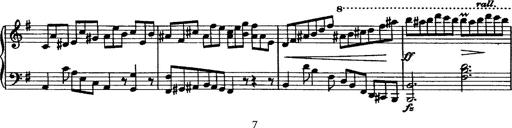
Title: Rondo di bravura
Composer: Franz Liszt